Report on horse surra - Volume II, Part II
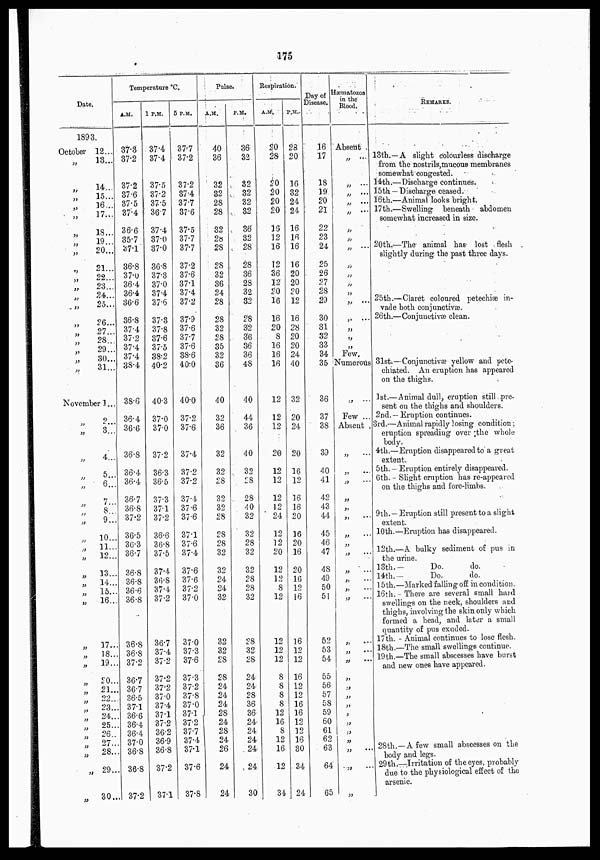
175
Date.
1893.
October
„
„
„
„
„
„
„
„
„
„
„
„
„
„
„
„
„
„
„
12...
13...
14...
15...
16...
17...
18...
19...
20...
21...
22...
23...
24...
25...
26...
27...
28...
29...
30...
31...
November 1...
„
„
„
„
„
„
„
„
„
„
„
„
„
„
„
„
„
„
„
„ „
„
„
„
„
„
„
„
„
2
3
4...
5..
6..
7...
8...
9...
10...
11..
12...
13...
14...
15...
16...
17...
18...
19...
20...
21...
22...
23...
24...
25...
26...
27...
28...
29...
30...
Temperature °C.
A.M.
37.3
37.2
37.2
37.6
37.5
37.4
36.6
35.7
37.1
36.8
37.0
36.4
36.4
36.6
36.8
37.4
37.2
37.4
37.4
38.4
38.6
36.4
36.6
36.8
36.4
36.4
36.7
36.8
37.2
36.5
36.3
36.7
36.8
36.8
36.6
36.8
36.8
36.8
37.2
36.7
36.7
36.5
37.1
36.6
36.4
36.4
37.0
36.8
36.8
37.2
1 P.M.
37.4
37.4
37.5
37.2
37.5
36.7
37.4
37.0
37.0
36.8
37.3
37.0
37.4
37.6
37.3
37.8
37.6
37.5
38.2
40.2
40.3
37.0
37.0
37.2
36.3
36.5
37.3
37.1
37.2
36.6
36.8
37.5
37.4
36.8
37.4
37.2
36.7
37.4
37.2
37.2
37.2
37.0
37.4
37.1
37.2
36.2
36.9
36.8
37.2
37.1
5 P.M.
37.7
37.2
37.2
37.4
37.7
37.6
37.5
37.7
37.7
37.2
37.6
37.1
37.4
37.2
37.9
37.6
37.7
37.6
38.6
40.0
40.0
37.2
37.6
37.4
37.2
37.2
37.4
37.6
37.6
37.1
37.6
37.4
37.6
37.6
37.2
37.0
37.0
37.3
37.6
37.3
37.2
37.8
37.0
37.1
37.2
37.7
37.4
37.1
37.6
37.8
Pulse.
A.M.
40
36
32
32
28
28
32
28
28
28
32
36
24
28
28
32
28
35
32
36
40
32
36
32
32
28
32
32
28
28
28
32
32
24
24
32
32
33
28
28
24
24
24
28
24
28
24
26
24
24
P.M.
36
32
32
3
32
32
36
32
28
28
36
28
32
32
28
32
36
36
36
48
40
44
36
40
32
28
28
40
32
32
28
32
32
28
28
32
28
32
28
24
24
28
36
36
24
24
24
24
24
30
Respiration.
A.M.
20
28
20
20
20
20
16
12
16
12
36
12
20
16
16
20
8
16
16
16
12
12
12
20
12
12
12
12
24
12
12
20
12
12
8
12
12
12
12
8
8
8
8
12
16
8
12
16
12
34
P.M.
28
20
16
32
24
24
16
16
16
16
20
20
20
12
16
28
20
20
24
40
32
20
24
20
16
12
16
16
20
16
20
16
20
16
12
16
16
12
12
16
12
12
16
16
12
12
16
30
34
24
Day of
Disease.
16
17
18
19
20
21
22
23
24
25
26
27
28
29
30
31
32
33
34
35
36
37
38
39
40
41
42
43
44
45
46
47
48
49
50
51
52
53 54
55
56
57
58
59
60
61
62
63
64
65
Hæmatozoa
in the
Blood.
Absent .
„
„
„
„
„
„
„
„
„
„
„
„
„
„
„
„
Few.
Numerous
„
Few ...
Absent .
„
„
„
„
„ ...
„ ...
„ ...
„ ...
„ ...
„ ...
„ ...
„ ...
„ ...
„ ...
„ ...
„
„
„
„
„
„
„
„
„
„
„
REMARKS.
13th.—A slight colourless discharge
from the nostrils,mucous membranes
somewhat congested.
14th.—Discharge continues.
15th — Discharge ceased.
16th.—Animal looks bright.
17th.—Swelling beneath abdomen
somewhat increased in size.
20th.—The animal has lost flesh
slightly during the past three days.
25th.—Claret coloured petechiæ in-
vade both conjunctivæ
26th.—Conjunctivæ clean.
31st.—Conjunctivæ yellow and pete-
chiated. An eruption has appeared
on the thighs.
1st.—Animal dull, eruption still pre-
sent on the thighs and shoulders.
2nd.— Eruption continues.
3rd.—Animal rapidly losing condition ;
eruption spreading over the whole
body.
4th.—Eruption disappeared to a great
extent.
5th. — Eruption entirely disappeared.
6th.— Slight eruption has re-appeared
on the thighs and fore-limbs.
9th.— Eruption still present to a slight
extent.
10th.—Eruption has disappeared.
12th.—A bulky sediment of pus in
the urine.
13th.—
Do.
do.
14th.— Do. do.
15th.—Marked falling off in condition.
16th.—There are several small hard
swellings on the neck, shoulders and
thighs, involving the skin only which
formed a head, and later a small
quantity of pus exuded.
17th.—Animal continues to lose flesh.
18th.—The small swellings continue.
19th.—The small abscesses have burst
and new ones have appeared.
28th.—A few small abscesses on the
body and legs.
29th.—Irritation of the eyes, probably
due to the physiological effect of the
arsenic.